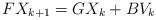
LaTeX: \begin{align*}FX_{k+1}=GX_k+BV_k\end{align*}